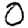
Digit: 0